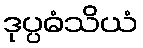
ဒုပ္ပဓံသိယံ